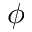
\boldsymbol { \phi }